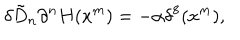
LaTeX: \delta \tilde { D } _ { n } \partial ^ { n } H ( x ^ { m } ) = - \alpha \delta ^ { 8 } ( x ^ { m } ) ,